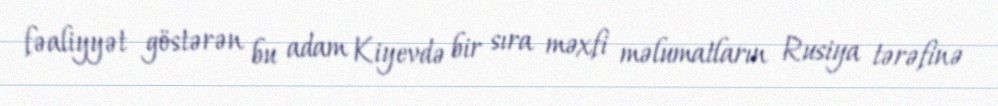
fəaliyyət göstərən bu adam Kiyevdə bir sıra məxfi məlumatların Rusiya tərəfinə